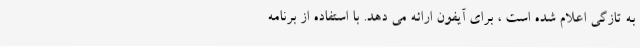
به تازگی اعلام شده است ، برای آیفون ارائه می دهد. با استفاده از برنامه